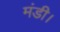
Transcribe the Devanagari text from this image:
मंडी।